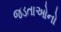
જડતાઓનો